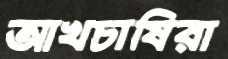
আখচাষিরা